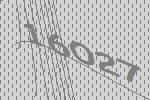
16027